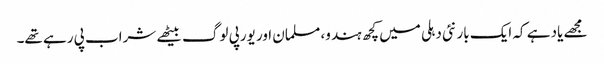
مجھے یاد ہے کہ ایک بار نئی دہلی میں کچھ ہندو، مسلمان اور یورپی لوگ بیٹھے شراب پی رہے تھے۔